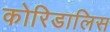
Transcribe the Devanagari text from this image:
कोरिडालिस